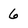
Character: 6